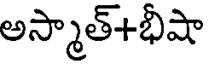
అస్మాత్+భీషా